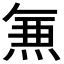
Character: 𭵄